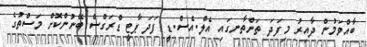
ބާއްވަމުން ދާއިރު މިފަދަ ތަންތާނގައި އެލް.އެސް.ޑީ ފަދަ ޕާޓީ ޑްރަގްސް ބޭނުންކޮށް މަސްތުގެ